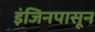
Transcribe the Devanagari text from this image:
इंजिनपासून